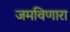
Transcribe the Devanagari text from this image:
जमविणारा